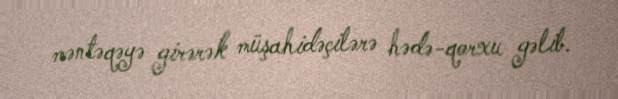
məntəqəyə girərək müşahidəçilərə hədə-qorxu gəlib.